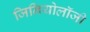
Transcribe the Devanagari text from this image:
जिनियोलॉजी